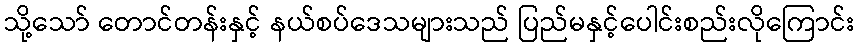
သို့သော် တောင်တန်းနှင့် နယ်စပ်ဒေသများသည် ပြည်မနှင့်ပေါင်းစည်းလိုကြောင်း